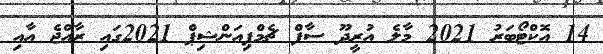
14 އޮކްޓޯބަރު 2021 މާލެ އުރީދޫ ސާފް ޗެމްޕިއަންޝިޕް 2021ގައި ރާއްޖެ އާއި